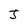
Character: J